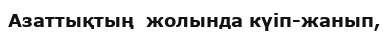
Азаттықтың  жолында күіп-жанып,